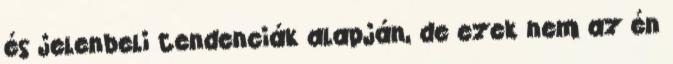
és jelenbeli tendenciák alapján, de ezek nem az én